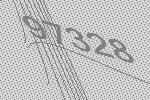
97328